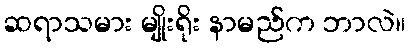
ဆရာသမား မျိုးရိုး နာမည်က ဘာလဲ။